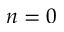
n = 0